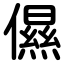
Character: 儑